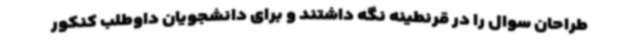
طراحان سوال را در قرنطینه نگه داشتند و برای دانشجویان داوطلب کنکور